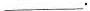
___.